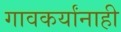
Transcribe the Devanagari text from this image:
गावकर्यांनाही